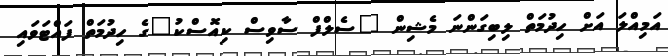
އަމިއްލަ އަށް ހިދުމަތް ލިބިގަންނަ މެޝިން "ސެލްފް ސާވިސް ކިއޮސްކު"ގެ ހިދުމަތް ފައްޓަވައި